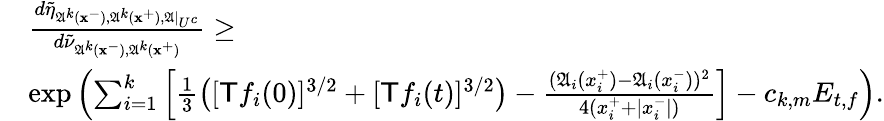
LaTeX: \begin{array}{rl}&{\frac{d\tilde{\eta}_{\mathfrak{A}^{k}(\mathbf{x}^{-}),\mathfrak{A}^{k}(\mathbf{x}^{+}),\mathfrak{A}|_{U^{c}}}}{d\tilde{\nu}_{\mathfrak{A}^{k}(\mathbf{x}^{-}),\mathfrak{A}^{k}(\mathbf{x}^{+})}}\ge}\\ &{\exp\left(\sum_{i=1}^{k}\left[\frac{1}{3}\left([\textsf{T}f_{i}(0)]^{3/2}+[\textsf{T}f_{i}(t)]^{3/2}\right)-\frac{(\mathfrak{A}_{i}(x_{i}^{+})-\mathfrak{A}_{i}(x_{i}^{-}))^{2}}{4(x_{i}^{+}+|x_{i}^{-}|)}\right]-c_{k,m}E_{t,f}\right).}\end{array}